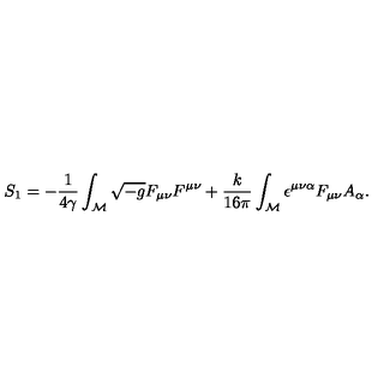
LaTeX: S _ { 1 } = - \frac { 1 } { 4 \gamma } \int _ { \cal M } \sqrt { - g } F _ { \mu \nu } F ^ { \mu \nu } + \frac { k } { 1 6 \pi } \int _ { \cal M } \epsilon ^ { \mu \nu \alpha } F _ { \mu \nu } A _ { \alpha } .